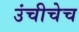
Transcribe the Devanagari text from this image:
उंचीचेच